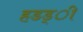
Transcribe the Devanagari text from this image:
हडड्ी